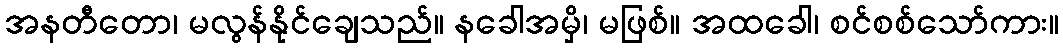
အနတီတော၊ မလွန်နိုင်ချေသည်။ နခေါအမှိ၊ မဖြစ်။ အထခေါ၊ စင်စစ်သော်ကား။